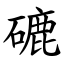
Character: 䃙